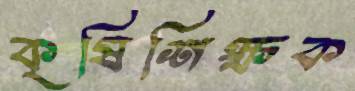
কৃষিশিক্ষক